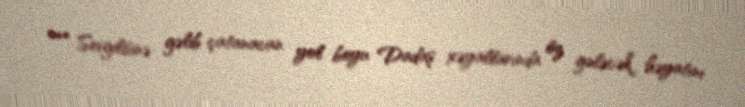
*** Sevgilisinə gəlib çatanacan yol boyu Dadaş xəyallarında öz gələcək həyatını